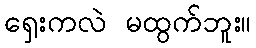
ရှေးကလဲ မထွက်ဘူး။